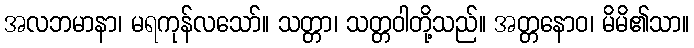
အလဘမာနာ၊ မရကုန်လသော်။ သတ္တာ၊ သတ္တဝါတို့သည်။ အတ္တနောဝ၊ မိမိ၏သာ။